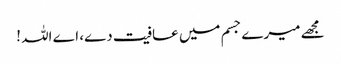
مجھے میرے جسم میں عافیت دے، اے اللہ !